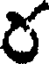
ర